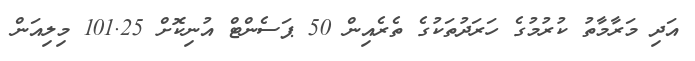
އަދި މަރާމާތު ކުރުމުގެ ހަރަދުތަކުގެ ތެރެއިން 50 ޕަސެންޓް އުނިކޮށް 101.25 މިލިއަން